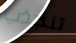
تنجذب